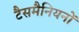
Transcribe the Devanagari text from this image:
टैसमैनियनों